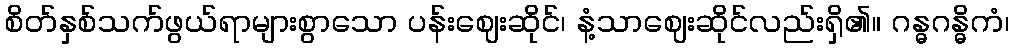
စိတ်နှစ်သက်ဖွယ်ရာများစွာသော ပန်းဈေးဆိုင်၊ နံ့သာဈေးဆိုင်လည်းရှိ၏။ ဂန္ဓဂန္ဓိကံ၊